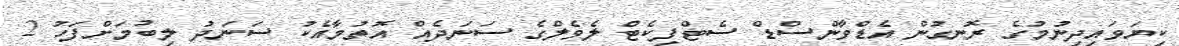
ކިޔަވައިދިނުމުގެ ރޮނގުން އެޑްވާންސްޑް ސެޓްފިކެޓް ލެވެލްގެ ސަނަދެއް އޮތުމާއެކު ސަނަދު ލިބުމަށްފަހު 2